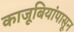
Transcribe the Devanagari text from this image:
काजूबियांपासून